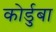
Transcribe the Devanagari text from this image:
कोर्डुबा